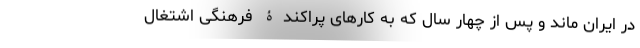
در ایران ماند و پس از چهار سال که به کارهای پراکندۀ فرهنگی اشتغال